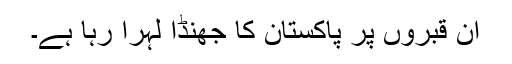
ان قبروں پر پاکستان کا جھنڈا لہرا رہا ہے۔